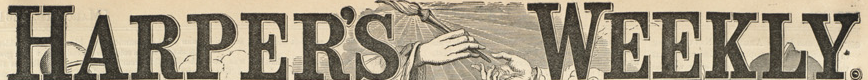

				HARPER'S WEEKLY